Annual report of the Punjab Veterinary College and of the Civil Veterinary Department, Punjab - 1909-1919
Year: 1909
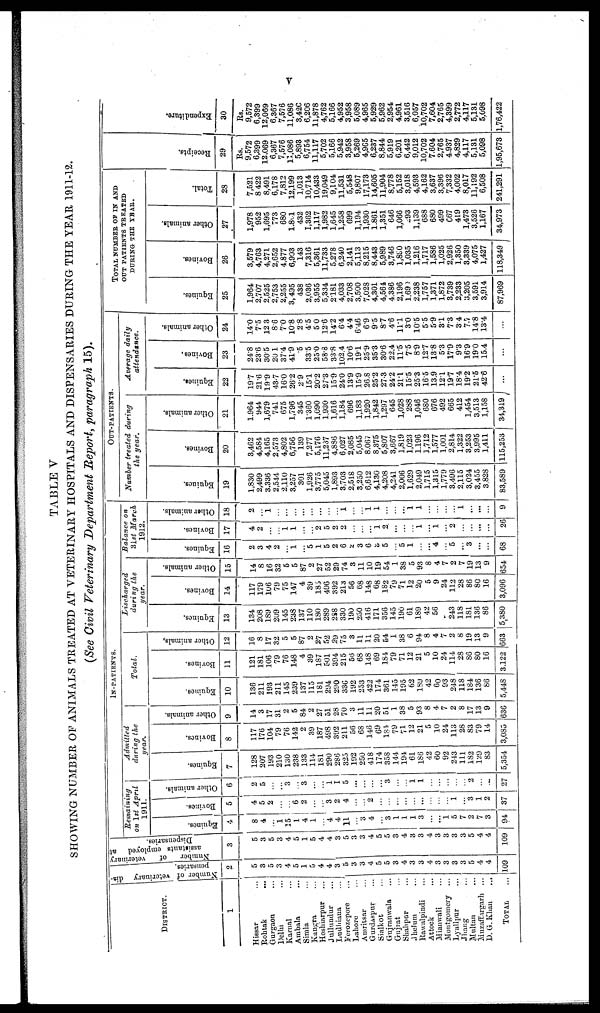
v
TABLE V
SHOWING NUMBER OF ANIMALS TREATED AT VETERINARY HOSPITALS AND DISPENSARIES DURING THE YEAR 1911-12.
(See Civil Veterinary Department Report, paragraph 15).
DISTRICT.
1
Hissar ...
Rohtak ...
Gurgaon ...
Delhi ...
Karnal ...
Ambala ...
Simla ...
Kangra ...
Hoshiarpur ...
Jullundur ...
Ludhiana ...
Ferozepore ...
Lahore ...
Amritsar ...
Gurdaspur ...
Sialkot ...
Gujranwala ...
Gujrat ...
Shahpur ...
Jhelum ...
Rawalpindi ...
Attock ...
Mianwali ...
Montgomery ...
Lyallpur ...
Jhang ...
Multan ...
Muzaffargarh ...
D. G. Khan ...
TOTAL ...
Number
of
veterinary
dis-
pensaries.
2
5
3
5
3
4
5
1
5
4
4
3
5 3
3
4
5
5
3
4
3
3
4
3
3
3
3
5
4
4
109
Number of
veterinary
assistants employed
at
Dispensaries.
3
5
3
5
3
4
5
1
5
4
4
3
5
3
3
4
5
5
3
4
3
3
4
3
3
3
3
5
4
4
109
IN-PATIENTS.
Remaining
on 1st April
1911.
Equines.
4
8
4
...
1
15
1
4
1
...
4
4
11
...
3
4
...
3
1
1
1
3
...
...
1
5
7
2
7
3
94
Bovines.
5
4
5
2
...
...
6
2
...
...
3
2
4
...
2
...
...
...
...
...
...
...
...
...
1
...
3
1
...
37
Other animals.
6
2
5
...
...
3
...
3
...
...
1
1
5
...
...
...
...
3
...
...
1
1
...
...
...
...
...
2
...
...
27
Admitted
during the
year.
Equines.
7
128
207
193
210
130
238
133
114
181
290
286
325
192
250
418
174
358
144
194
61
186
42
60
92
213
111
182
129
83
5,354
Bovines.
8
117
176
104
79
76
142
2
39
187
498
392
211
56
68
146
69
184
79
71
12
21
5
10
24
113
28
83
79
14
3,085
Other animals.
9
14
3
17
31
2
5
84
2
27
51
28
70
3
11
11
20
51
1
38
5
93
8
4
7
2
8
17
13
9
636
Total.
Equines.
10
136
211
193
211
145
239
137
115
181
294
290
336
192
253
422
174
361
145
195
62
189
42
60
93
248
118
184
136
86
5,448
Bovines.
11
121
181
106
79
76
148
4
39
187
501
394
215
56
68
148
69
184
79
71
12
21
5
10
24
114
28
86
80
16
3,122
Other animals,
12
16
8
17
32
5
5
87
2
27
52
29
75
3
11
11
20
54
1
38
6
94
8
4
7
2
8
19
13
9
663
Lischarged
during the
year.
Equiues.
13
134
208
189
209
145
238
137
110
180
289
288
330
190
250
416
171
356
145
190
61
189
42
56
...
243
118
181
136
86
5,380
Bovines.
14
117
179
106
79
75
147
4
39
185
496
392
213
56
68
148
68
182
79
7l
12
20
5
9
24
112
28
86
80
16
3,096
Other animals.
15
14
8
16
32
5
5
87
2
27
52
29
74
3
11
10
19
54
1
38
5
93
8
4
7
2
7
19
13
9
654
Balance on
31st March
1912.
Equiues.
16
2
3
4
2
...
1
...
5
1
5
2
6
2
3
6
3
5
...
5
1
...
...
4
...
5
...
3
...
...
68
Bovines.
17
4
2
...
...
1
1
...
...
2
5
2
2
...
...
...
1
2
...
...
...
1
...
1
...
2
...
...
...
...
26
Other animals.
18
2
...
1
...
...
...
...
...
...
...
...
1
...
...
1
1
...
...
...
1
1
...
...
...
...
1
...
...
...
9
OUT-PATIENTS.
Number treated during
the year.
Equiues.
19
1,830
2,499
3,336
2,544
2,110
3,257
301
1,926
3,775
5,045
1,893
3,703
2,518
3,250
6,612
4,130
4,208
4,241
2,006
1,629
2,049
1,715
1,315
1,779
3,496
2,115
3,024
3,455
3,828
83,589
Bovines.
20
3,462
4,584
4,165
2,573
4,802
6,756
139
7,277
5,176
11,237
4,886
6,027
2,085
5,045
8,067
8,375
5,807
3,667
1,819
1,023
1,196
1,712
1,577
1,001
2,814
1,322
3,253
3,995
1,411
115,253
Other animals.
21
1,964
944
1,679
741
675
1,796
345
1,360
1,090
1.930
1,616
1,184
696
1,183
1,920
1,842
1,297
645
1,028
288
1,046
680
676
492
665
412
1,454
3,513
1,158
34,319
Average daily
attrendance.
Equines.
22
19.7
21.6
19.9
43.7
16.0
26.2
2.9
15.1
20.2
27.3
15.9
24.0
13.9
15.9
26.8
25.2
27.3
24.2
21.1
15.5
25.3
16.5
13.9
12.1
19.7
18.4
19.2
21.5
42 6
...
Bovines.
23
24.8
23.6
30.5
20 1
37.4
41.9
.5
33.5
25.0
58.3
33.8
102.4
10.6
19.1
25.9
35.3
30.6
22.4
11.5
7.5
8.9
12.7
138
53
17.9
93
16.9
19.0
15.4
...
Other animals.
24
14.0
7.5
12.3
8.6
7.0
10.8
2.8
4.5
5.0
12.6
14.2
6.4
4.4
6.46
6.9
9.5
8.7
4.6
11.1
3.0
10.5
5.5
5.9
3.1
7.3
3.4
7.7
14.8
13.4
...
TOTAL NUMBER OF IN AND
OUT PATIENTS TREATED
DURING THE YEAR.
Equines.
25
1,964
2,707
2,525
2,753
2,255
3,495
438
2,036
3,955
5,334
2,181
4,033
2,708
3,500
7,028
4,301
4,564
4.386
2,196
1,69/ill/
2,238
1,757
1,371
1,872
3,739
2,233
3,205
3,591
3,914
87,969
Bovines.
26
3,579
4,763
4,271
2,652
4,877
6,903
143
7,316
5,361
11,733
5,278
6,240
2,141
5,113
8,215
8,443
5,989
3,746
1,890
1,035
1,216
1,717
1,586
1,025
2,926
1,350
3,339
4,075
1,427
118,349
Other animals.
27
1,978
952
1,695
773
680
1.801
432
1,362
1,117
1,982
1,645
1,258
699
1,194
1,930
1,861
1,351
646
1,066
293
1,139
688
680
499
667
419
1,473
3,526
1,167
34,973
Total.
28
7,521
8,422
8,491
6,178
7,812
12,199
1,013
10,714
10,433
19,049
9,104
11,531
5,548
9,807
17,173
14,605
11,904
8,778
5,152
3,018
4,593
4,162
3,637
3,396
7,332
4,002
8,017
11,192
6,508
241,291
Recei pt s.
29
Rs.
9,572
6,399
12,069
6,367
7,576
11,086
5,893
6,754
11,117
5,702
5,166
5,942
3,958
5,269
4,965
6,237
8,844
5,919
6,201
6,442
9,012
10,702
7.604
2,765
4,937
4,829
4,117
5,131
5,098
1,95,673
Expendi t
ur e.
30
Rs.
9,572
6,399
12,069
6,367
7,576
11,086
3,426
6,206
11,878
4,762
5,166
4,952
3,958
5,089
4,965
5,929
5,962
2,954
4,961
3,516
6,057
10,702
7,604
2,765
4,399
2,772
4,117
5,131
5,098
1,76,422